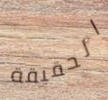
الحقيقة